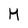
Character: M